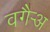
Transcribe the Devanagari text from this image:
वगैर्‍अ